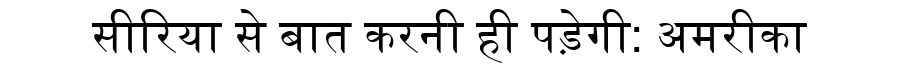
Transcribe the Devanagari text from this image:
सीरिया से बात करनी ही पड़ेगी: अमरीका